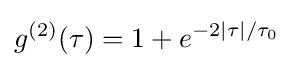
g^{(2)}(\tau )=1+e^{-2|\tau |/\tau _{0}}